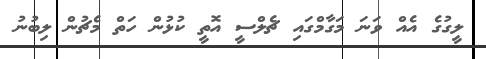
ލީގުގެ އެއް ވަނަ މަގާމްގައި ޗެލްސީ އޮތީ ކުޅުން ހަތް މެޗުުން ލިބުނު